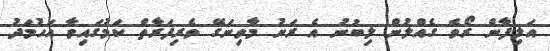
އަލިފާން ރޯވެ ގެއްލުން ލިބުނު އެ ރަށު މާވިނަގޭ ވެރިފަރާތް ކަމުގައިވާ އަހުމަދު